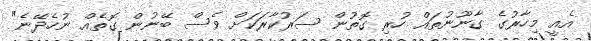
އެއީ މިހާރުގެ ގާނޫނުތައް ހުރި ގޮތުން ސަރުކާރަކަށް ވެސް ބޭނުން ގޮތެއް ނުހެދޭނެ"